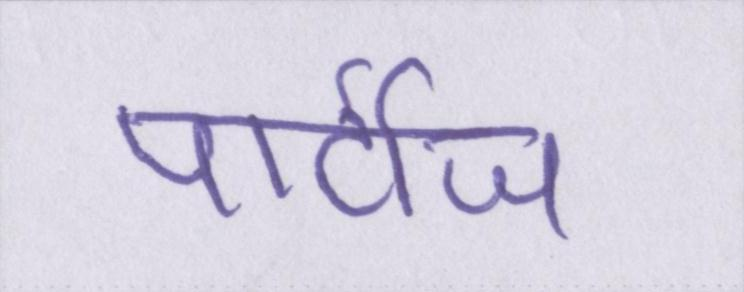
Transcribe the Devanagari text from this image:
पार्टीज